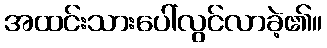
အထင်းသားပေါ်လွင်လာခဲ့၏။